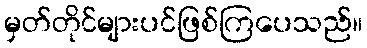
မှတ်တိုင်များပင်ဖြစ်ကြပေသည်။